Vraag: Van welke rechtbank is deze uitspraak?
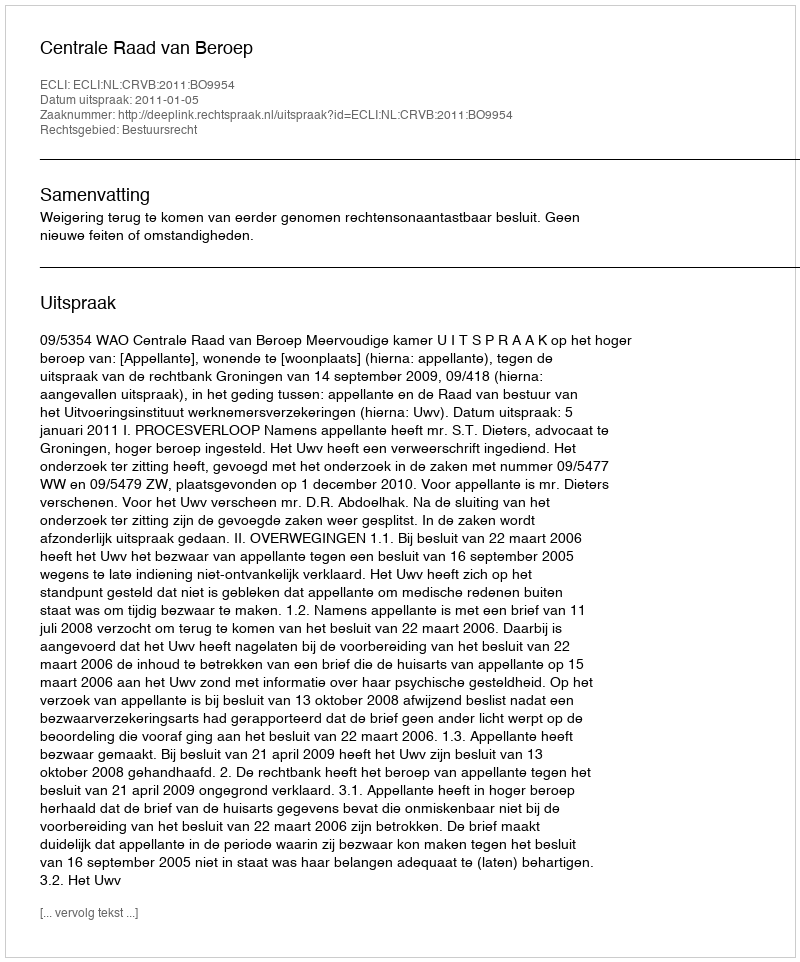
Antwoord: Centrale Raad van Beroep